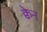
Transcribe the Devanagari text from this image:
क्वेन